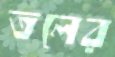
তলের